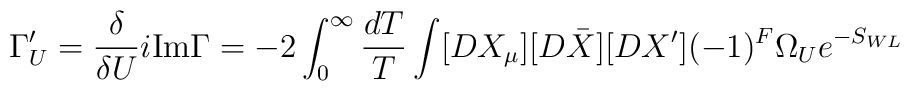
\Gamma'_U=\frac{\delta}{\delta U} i{\rm Im}\Gamma=-2\int^\infty_0\frac{dT}{T}\int[DX_\mu][D\bar X][DX'](-1)^F\Omega_Ue^{-S_{WL}}